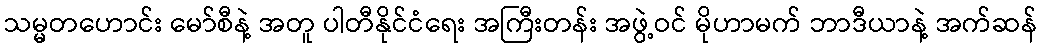
သမ္မတဟောင်း မော်စီနဲ့ အတူ ပါတီနိုင်ငံရေး အကြီးတန်း အဖွဲ့ဝင် မိုဟာမက် ဘာဒီယာနဲ့ အက်ဆန်